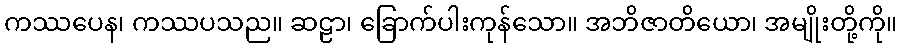
ကဿပေန၊ ကဿပသည။ ဆဠာ၊ ခြောက်ပါးကုန်သော။ အဘိဇာတိယော၊ အမျိုးတို့ကို။